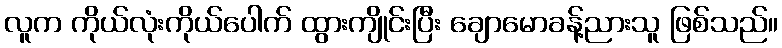
လူက ကိုယ်လုံးကိုယ်ပေါက် ထွားကျိုင်းပြီး ချောမောခန့်ညားသူ ဖြစ်သည်။